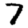
Digit: 7